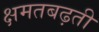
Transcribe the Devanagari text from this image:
क्षमतबढ़ती